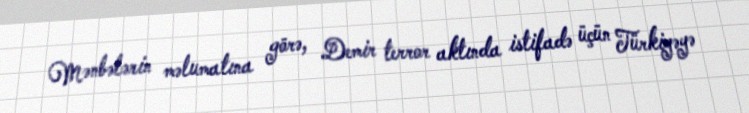
Mənbələrin məlumatına görə, Demir terror aktında istifadə üçün Türkiyəyə